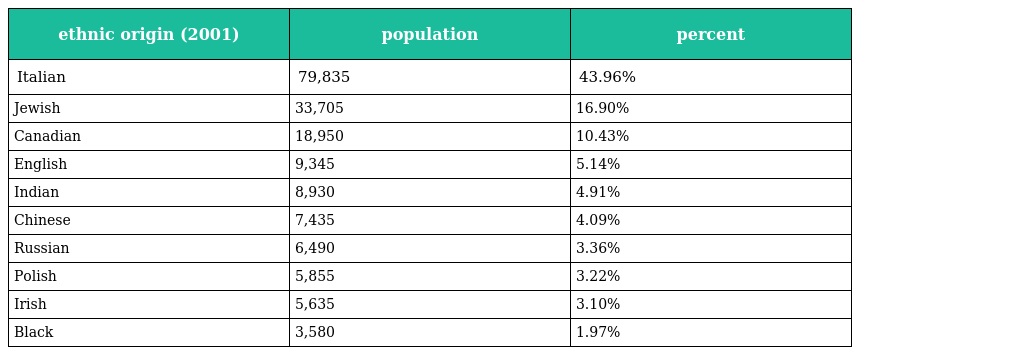
| ethnic origin (2001) | population | percent |
 | --- | --- | --- |
 | Italian | 79,835 | 43.96% |
 | Jewish | 33,705 | 16.90% |
 | Canadian | 18,950 | 10.43% |
 | English | 9,345 | 5.14% |
 | Indian | 8,930 | 4.91% |
 | Chinese | 7,435 | 4.09% |
 | Russian | 6,490 | 3.36% |
 | Polish | 5,855 | 3.22% |
 | Irish | 5,635 | 3.10% |
 | Black | 3,580 | 1.97% |